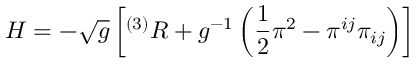
H = - { \sqrt { g } } \left[ ^ { ( 3 ) } R + g ^ { - 1 } \left( { \frac { 1 } { 2 } } \pi ^ { 2 } - \pi ^ { i j } \pi _ { i j } \right) \right]